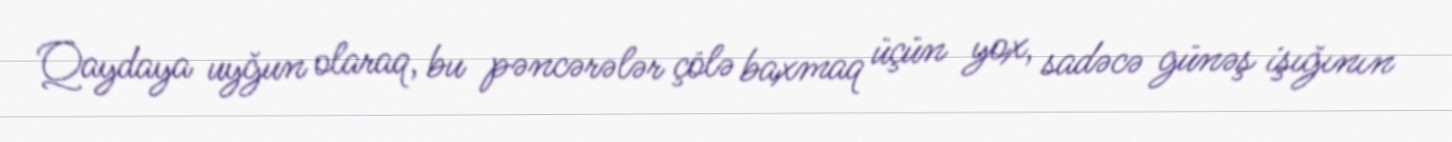
Qaydaya uyğun olaraq, bu pəncərələr çölə baxmaq üçün yox, sadəcə günəş işığının